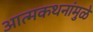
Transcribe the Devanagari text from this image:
आत्मकथनांमुळे